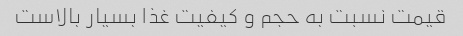
قیمت نسبت به حجم و کیفیت غذا بسیار بالاست